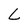
Character: L